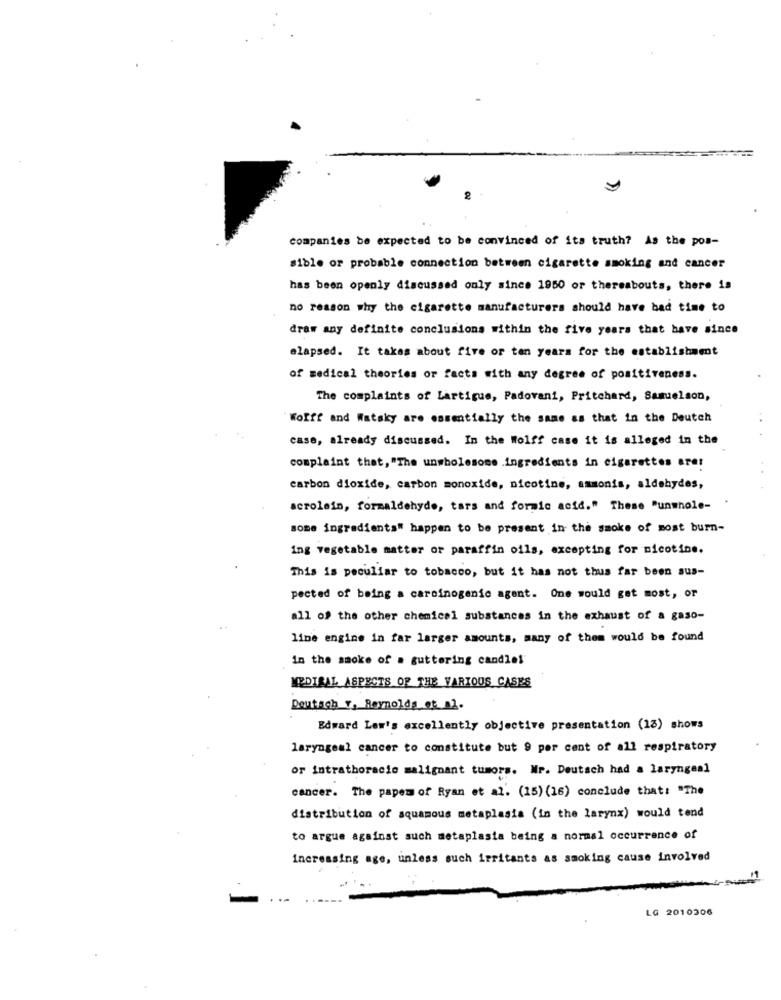
companies be expected to be convinced of its truth? As the pos-
sible or probable connection between cigarette smoking and cancer
has been openly discussed only since 1950 or thereabouts, there is
no reason why the cigarette manufacturers should have bad time to
draw any definite conclusions within the five years that have since
elapsed. It takes about five or ten years for the establishment
of medical theories or facts with any degree of positiveness.
The complaints of Lartigue, Padovani, Pritchard, Samuelson,
Wolff and Watsky are essentially the same as that in the Deutch
case, already discussed. In the Wolff case it is alleged in the
complaint that, "The unwholesome .ingredients in cigarettes arer
carbon dioxide, carbon monoxide, nicotine, ammonis, aldehydes,
acrolein, formaldehyde, tars and foraic acid." These "unwhole-
some ingredients" happen to be present in the smoke of most burn-
ing vegetable matter or paraffin oils, excepting for nicotine.
This is peculiar to tobacco, but it has not thus far been sus-
pected of being a carcinogenic agent. One would get most, or
all of the other chemical substances in the exhaust of a gaso-
line engine in far larger amounts, many of them would be found
in the smoke of . guttering candlel
MEDIAAL ASPECTS OF THE VARIOUS CASES
Deutsch T, Reynolds et al.
Edward Low's excellently objective presentation (13) shows
laryngeal cancer to constitute but 9 per cent of all respiratory
or intrathoracic malignant tumors. Nr. Deutsch had a laryngeal
cancer. The paper of Ryan et al. (15) (16) conclude that: "The
distribution of squamous metaplasia (in the larynx) would tend
to argue against such metaplasia being a normal occurrence of
increasing age, unless such irritants as smoking cause involved
LG 2010306